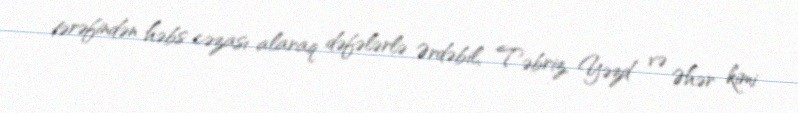
tərəfindən həbs cəzası alaraq dəfələrlə Ərdəbil, Təbriz, Yəzd və Əhər kimi